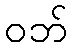
ဝဘ်